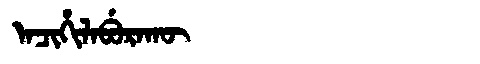
Manchu: ᠠᠴᡳᡥᡳᠯᠠᠪᡠᡵᠠᡴᡡ
Romanization: ACIHILABURAKŪ